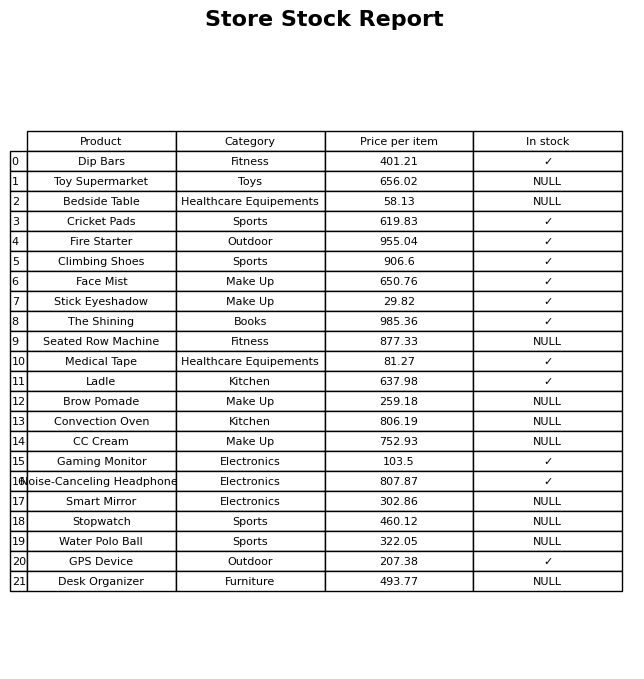
question: What is the price of the Convection Oven?
answer: The price of Convection Oven is 806.19.